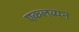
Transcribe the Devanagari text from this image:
एकलव्यन